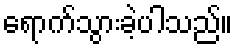
ရောက်သွားခဲ့ပါသည်။